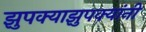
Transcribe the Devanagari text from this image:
झुपक्याझुपक्यांनी